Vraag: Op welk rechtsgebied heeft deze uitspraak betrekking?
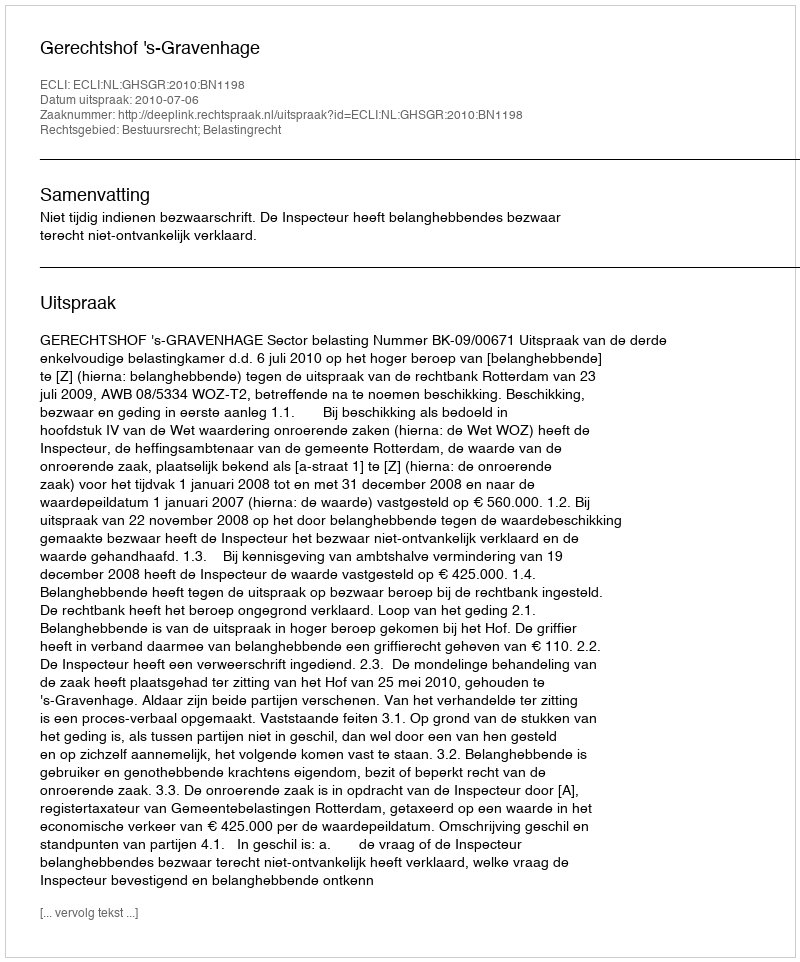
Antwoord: Bestuursrecht; Belastingrecht